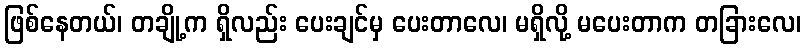
ဖြစ်နေတယ်၊ တချို့က ရှိလည်း ပေးချင်မှ ပေးတာလေ၊ မရှိလို့ မပေးတာက တခြားလေ၊